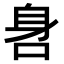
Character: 𨈖